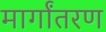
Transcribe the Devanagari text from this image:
मार्गांतरण